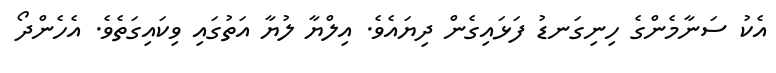
އެކު ސަނާމެންގެ ހިނިގަނޑު ފަޅައިގެން ދިޔައެވެ. އިލްޔާ ލުޔާ އަތުގައި ވިކައިގަތެވެ. އެހެންދޯ